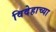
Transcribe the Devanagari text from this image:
विदेहाच्या